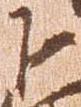
下